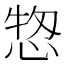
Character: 𢜓